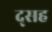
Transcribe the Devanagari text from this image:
द्सह